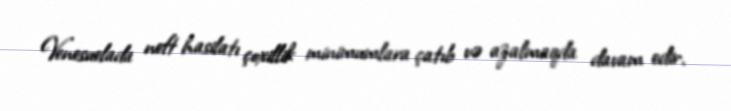
Venesuelada neft hasilatı çoxillik minimumlara çatıb və azalmaqda davam edir.